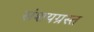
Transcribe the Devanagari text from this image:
संशयग्रस्त